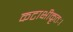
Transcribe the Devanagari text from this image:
कटाक्षीकृतः।